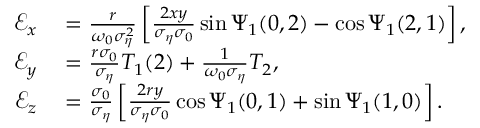
\begin{array} { r l } { \mathcal { E } _ { x } } & { { } = \frac { r } { \omega _ { 0 } \sigma _ { \eta } ^ { 2 } } \left[ \frac { 2 x y } { \sigma _ { \eta } \sigma _ { 0 } } \sin \Psi _ { 1 } ( 0 , 2 ) - \cos \Psi _ { 1 } ( 2 , 1 ) \right] , } \\ { \mathcal { E } _ { y } } & { { } = \frac { r \sigma _ { 0 } } { \sigma _ { \eta } } T _ { 1 } ( 2 ) + \frac { 1 } { \omega _ { 0 } \sigma _ { \eta } } T _ { 2 } , } \\ { \mathcal { E } _ { z } } & { { } = \frac { \sigma _ { 0 } } { \sigma _ { \eta } } \left[ \frac { 2 r y } { \sigma _ { \eta } \sigma _ { 0 } } \cos \Psi _ { 1 } ( 0 , 1 ) + \sin \Psi _ { 1 } ( 1 , 0 ) \right] . } \end{array}